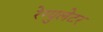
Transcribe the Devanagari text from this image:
रेग्‍युलेटर